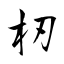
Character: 杒